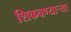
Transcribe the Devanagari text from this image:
शिकवण्यार्‍या